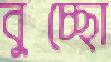
বুচ্ছো